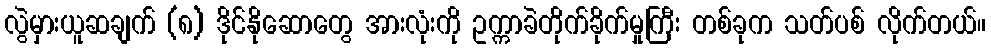
လွဲမှားယူဆချက် (၈) ဒိုင်နိုဆောတွေ အားလုံးကို ဥက္ကာခဲတိုက်ခိုက်မှုကြီး တစ်ခုက သတ်ပစ် လိုက်တယ်။